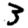
Digit: 3